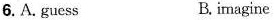
6.A. guess B.imagine